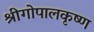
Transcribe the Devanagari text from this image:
श्रीगोपालकृष्ण